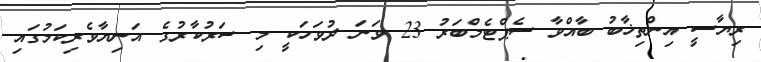
ރިޔާސީ އިންތިޚާބު ބާއްވާ ސެޕްޓެމްބަރު 23 ވަނަ ދުވަހަކީ މި ސަރުކާރުގެ އަނިޔާވެރިކަމުގައި